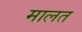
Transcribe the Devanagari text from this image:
मालत